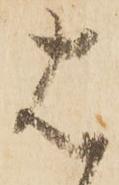
は